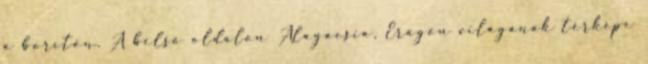
a borítón. A belső oldalon Alagaesia, Eragon világának térképe